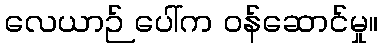
လေယာဉ် ပေါ်က ဝန်ဆောင်မှု။